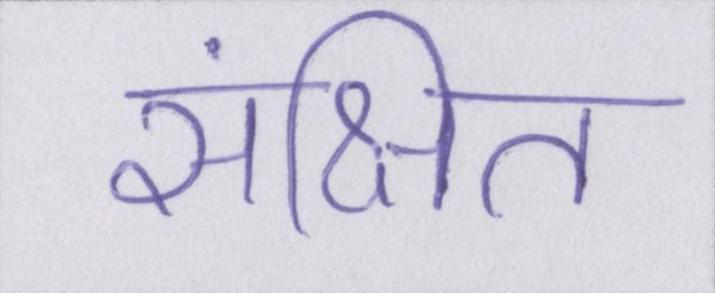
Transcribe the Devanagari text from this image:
संक्षित